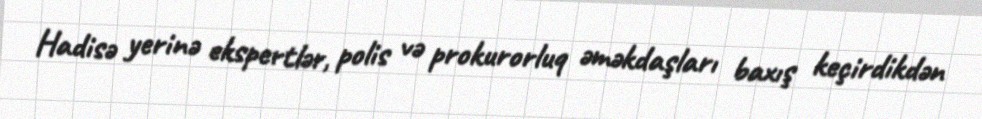
Hadisə yerinə ekspertlər, polis və prokurorluq əməkdaşları baxış keçirdikdən